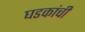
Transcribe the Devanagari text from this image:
घडकांची